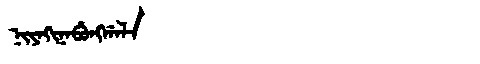
Manchu: ᠨᡳᠶᠠᡴᡳᠨᠠᠪᡠᠩᡤᠠᠯᠠ
Romanization: NIYAKINABUNGGALA